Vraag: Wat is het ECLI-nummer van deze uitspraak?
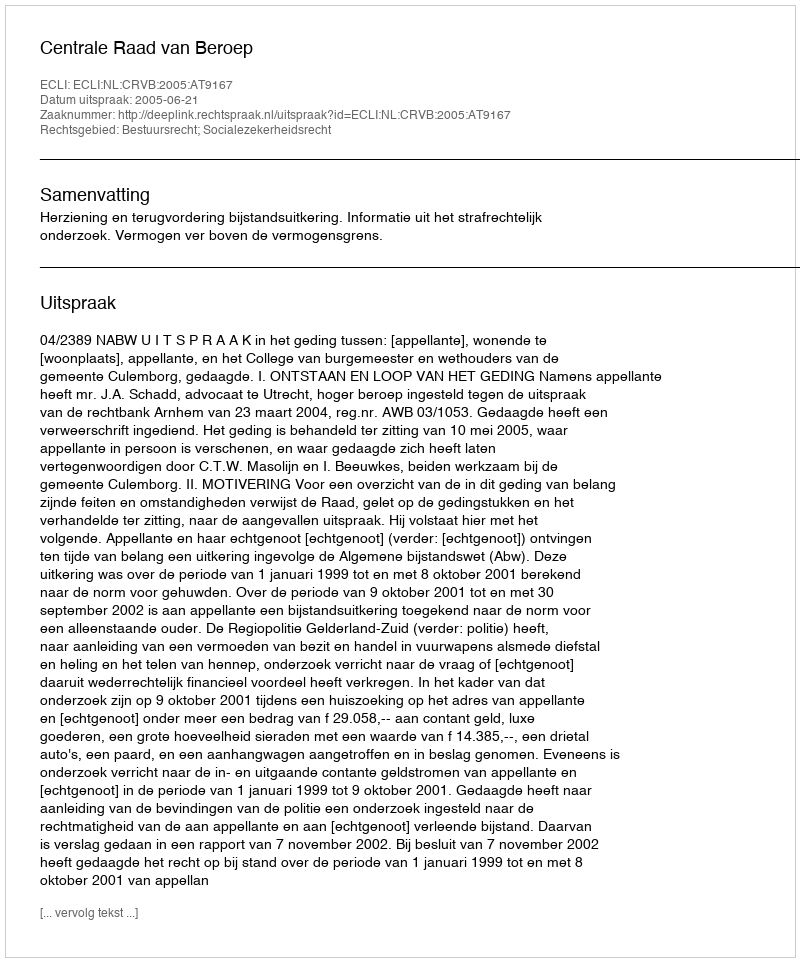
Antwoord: ECLI:NL:CRVB:2005:AT9167